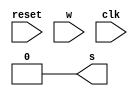
module fsm_beh (
    input reset,w,clk,
    output reg s
);  
    parameter size = 9 ;
    parameter A = 9'b000000000 ;
    parameter B = 9'b000000011 ;
    parameter C = 9'b000000101 ;
    parameter D = 9'b000001001 ;
    parameter E = 9'b000010001 ;
    parameter F = 9'b000100001 ;
    parameter G = 9'b001000001 ;
    parameter H = 9'b010000001 ;
    parameter I = 9'b100000001 ;

    reg [size-1:0] estado_actual = 9'b000000000;
    reg [size-1:0] estado_siguiente = 9'b000000000;
    always @(posedge clk, posedge reset) begin
        if (reset) begin
            estado_actual <= A;
        end
        else begin
            estado_actual <= estado_siguiente;
        end
    end
    
    always @(estado_actual,w) begin
        //estado_siguiente = A;
        case (estado_actual)
            A : begin
                if (w==1'b0) begin
                    estado_siguiente = B;
                end 
                else if (w==1'b1) begin
                    estado_siguiente = F;   
                end    
            end
            B : begin
                if (w==1'b0) begin
                    estado_siguiente = C;
                end 
                else if (w==1'b1) begin
                    estado_siguiente = F;   
                end    
            end
            C : begin
                if (w==1'b0) begin
                    estado_siguiente = D;
                end 
                else if (w==1'b1) begin
                    estado_siguiente = F;   
                end    
            end
            D : begin
                if (w==1'b0) begin
                    estado_siguiente = E;
                end 
                else if (w==1'b1) begin
                    estado_siguiente = F;   
                end    
            end
            E : begin
                if (w==1'b0) begin
                    estado_siguiente = E;
                end 
                else if (w==1'b1) begin
                    estado_siguiente = F;   
                end    
            end
            F : begin
                if (w==1'b0) begin
                    estado_siguiente = B;
                end 
                else if (w==1'b1) begin
                    estado_siguiente = G;   
                end    
            end
            G : begin
                if (w==1'b0) begin
                    estado_siguiente = B;
                end 
                else if (w==1'b1) begin
                    estado_siguiente = H;   
                end    
            end
            H : begin
                if (w==1'b0) begin
                    estado_siguiente = B;
                end 
                else if (w==1'b1) begin
                    estado_siguiente = I;   
                end    
            end
            I : begin
                if (w==1'b0) begin
                    estado_siguiente = B;
                end 
                else if (w==1'b1) begin
                    estado_siguiente = I;   
                end    
            end
            default: estado_actual = A;
        endcase
    end


    always @(estado_actual) begin
        case (estado_actual)
            E : s = 1'b1;
            I : s = 1'b1; 
            default: s = 1'b0;
        endcase
    end
endmodule